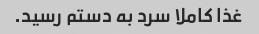
غذا کاملا سرد به دستم رسید.